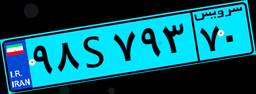
۷۰S۹۸۵۱۶